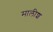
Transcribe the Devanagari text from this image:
मालीश